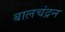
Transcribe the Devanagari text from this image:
बालचंद्रन